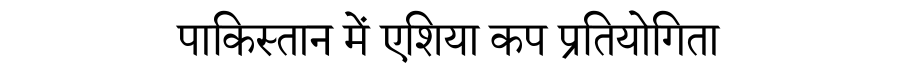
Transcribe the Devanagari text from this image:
पाकिस्तान में एशिया कप प्रतियोगिता